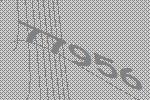
77956